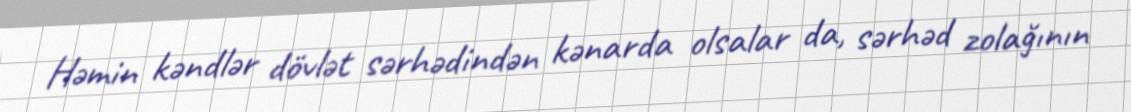
Həmin kəndlər dövlət sərhədindən kənarda olsalar da, sərhəd zolağının